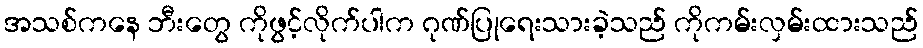
အသစ်ကနေ ဘီးတွေ ကိုဖွင့်လိုက်ပါက ဂုဏ်ပြုရေးသားခဲ့သည် ကိုကမ်းလှမ်းထားသည်